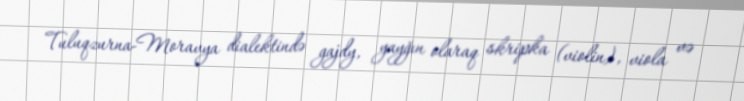
Tuluqzurna-Moravya dialektində gajdy, yayğın olaraq skripka (violin), viola və